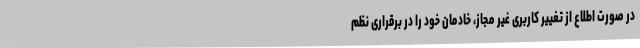
در صورت اطلاع از تغییر کاربری غیر مجاز، خادمان خود را در برقراری نظم